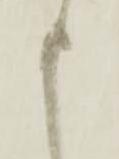
申